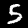
Digit: 5